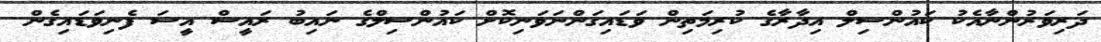
ދަރިވަރުންނާއެކު ކައުންސިލް އިދާރާގެ ކުރިމަތިން ވަޑައިގަންނަވަނިކޮށް ކައުންސިލްގެ ނައިބު ރައީސް އީސަ ފެނިވަޑައިގެން